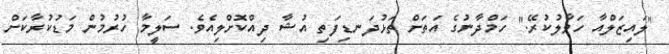
"ލައިޒަލްއާ ހަވާލުކުރޭ." ހަމްދާނުގެ އަތަށް ތަޅުދަނޑިފަތި އުޝާ ދިއްކޮށްލިއެވެ. ސަލީމާ ހުރުމުން މަޑުކުރާކަށް